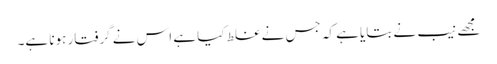
مجھے نیب نے بتایا ہے کہ جس نے غلط کیا ہے اس نے گرفتار ہونا ہے۔